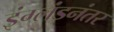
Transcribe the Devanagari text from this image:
इंग्लंडनंतर